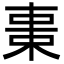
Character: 𣒚